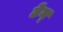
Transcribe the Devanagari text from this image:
टेन्